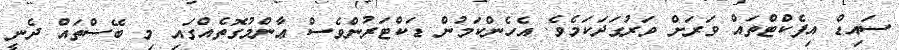
ސައިޑް އިފެކްޓްތައް ވަރަށް ވަރުގަދަކަމެވެ. އެހެންކަމުން ޑަކްޓަރުންވެސް ޢާންމުގޮތެއްގައި މި ބޭސްތައް ދެނީ